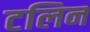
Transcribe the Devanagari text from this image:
टलिन